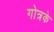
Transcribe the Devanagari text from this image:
गोत्रके